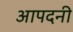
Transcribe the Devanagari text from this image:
आपदनी